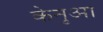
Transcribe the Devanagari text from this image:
केनुआ